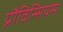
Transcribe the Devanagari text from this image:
प्रौविन्सियस